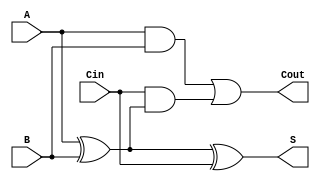
module dynamic_full_adder (
    input wire A,    // First binary input
    input wire B,    // Second binary input
    input wire Cin,  // Carry input
    output wire S,   // Sum output
    output wire Cout // Carry output
);

// Intermediate signals
wire AxorB;

// Calculate sum and carry out
assign AxorB = A ^ B;     // A XOR B
assign S = AxorB ^ Cin;    // S = (A XOR B) XOR Cin
assign Cout = (A & B) | (Cin & AxorB); // Cout = (A AND B) OR (Cin AND (A XOR B))

endmodule